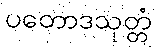
ပတောဒသုတ္တံ